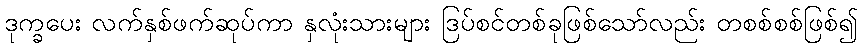
ဒုက္ခပေး လက်နှစ်ဖက်ဆုပ်ကာ နှလုံးသားများ ဒြပ်စင်တစ်ခုဖြစ်သော်လည်း တစစ်စစ်ဖြစ်၍